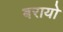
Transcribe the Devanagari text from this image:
बरायो